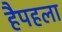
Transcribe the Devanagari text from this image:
हैपहला